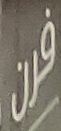
فرن